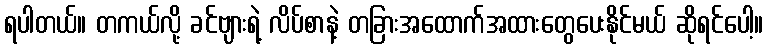
ရပါတယ်။ တကယ်လို့ ခင်ဗျားရဲ့ လိပ်စာနဲ့ တခြားအထောက်အထားတွေပေးနိုင်မယ် ဆိုရင်ပေါ့။